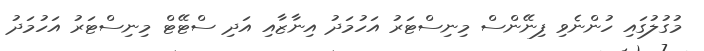
މުގުލުގައި ހުންނެވި ފިނޭންސް މިނިސްޓަރު އަހުމަދު އިނާޒާއި އަދި ސްޓޭޓް މިނިސްޓަރު އަހުމަދު